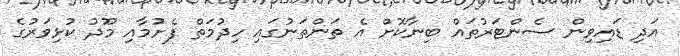
އަދި ޑައިވިން ސެންޓަރުތައް ބިނާކޮށް އެ ތަންތަނުގައި ހިދުމަތް ފެށުމާއި މޫދު ކުޅިވަރުގެ